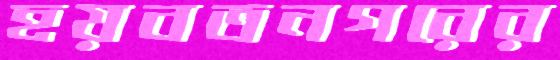
হয়বতনগরের